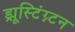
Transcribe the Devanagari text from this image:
ड्र्यूस्टिंग्न्टन